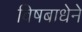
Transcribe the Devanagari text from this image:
विषबाधेने